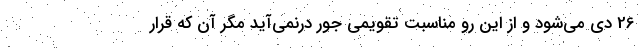
26 دی می‌شود و از این رو مناسبت تقویمی جور درنمی‌آید مگر آن که قرار